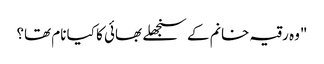
"وہ رقیہ خانم کے سنجھلے بھائی کا کیا نام تھا؟